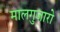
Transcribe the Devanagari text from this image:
मालगुजारो